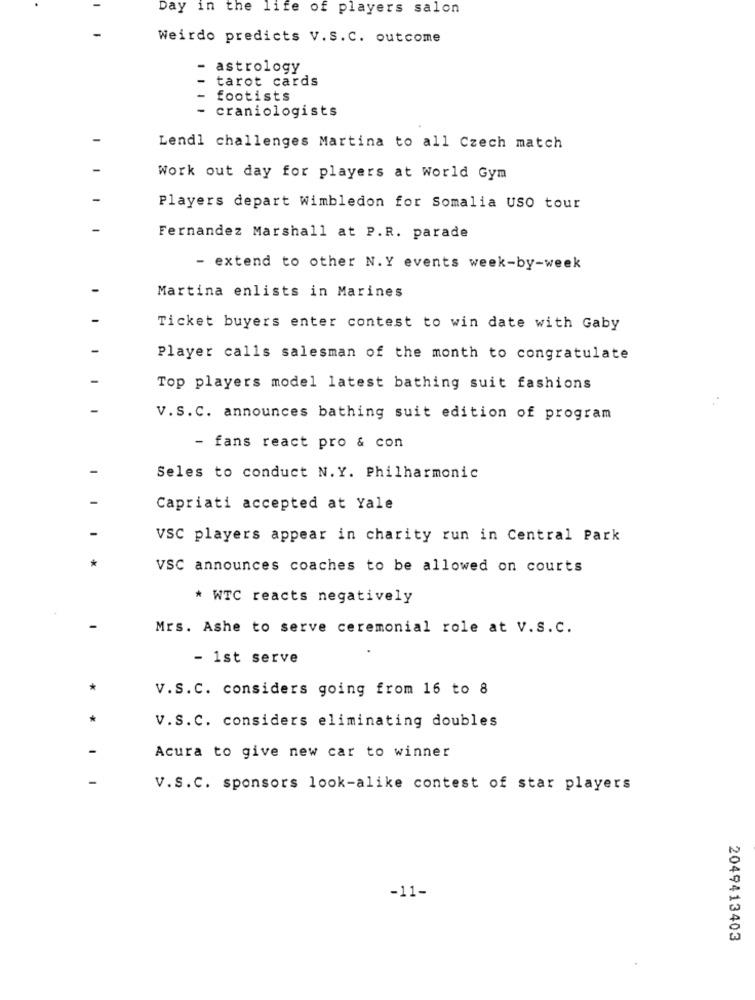
Day in the life of players salon
Weirdo predicts V.S.C. outcome
- astrology
tarot cards
footists
craniologists
Lendl challenges Martina to all Czech match
Work out day for players at World Gym
Players depart Wimbledon for Somalia USO tour
Fernandez Marshall at P.R. parade
- extend to other N.Y events week-by-week
Martina enlists in Marines
Ticket buyers enter contest to win date with Gaby
Player calls salesman of the month to congratulate
Top players model latest bathing suit fashions
V.S.C. announces bathing suit edition of program
- fans react pro & con
Seles to conduct N.Y. Philharmonic
Capriati accepted at Yale
VSC players appear in charity run in Central Park
VSC announces coaches to be allowed on courts
* WTC reacts negatively
Mrs. Ashe to serve ceremonial role at V.S.C.
- 1st serve
V.S.C. considers going from 16 to 8
V.S.C. considers eliminating doubles
Acura to give new car to winner
V.S.C. sponsors look-alike contest of star players
-11-
2049413403